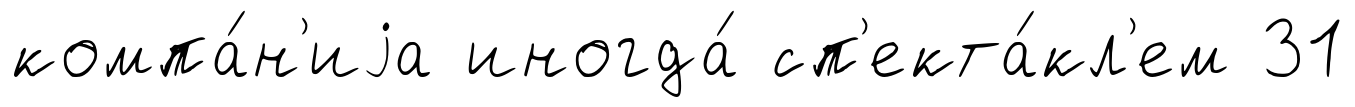
компа́н'иjа иногда́ сп'екта́кл'ем 31